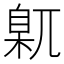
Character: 𡰈